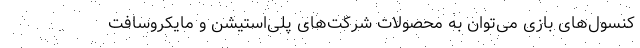
کنسول‌های بازی می‌توان به محصولات شرکت‌های پلی‌استیشن و مایکروسافت